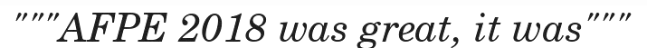
"""AFPE 2018 was great, it was"""